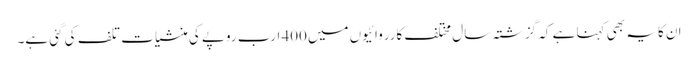
ان کا یہ بھی کہنا ہے کہ گزشتہ سال مختلف کارروائیوں میں400 ارب روپے کی منشیات تلف کی گئی ہے۔